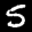
Label: 5